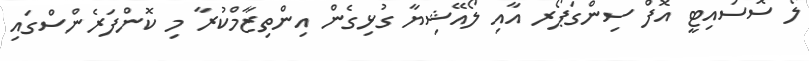
ލޯ ސޮސައިޓީ އޮފް ސިންގަޕޯރ އާއި ލޯއޭޝިޔާ ގުޅިގެން އިންތިޒާމްކުރާ މި ކޮންފަރެންސްގައި